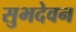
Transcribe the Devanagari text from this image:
सुभदेवन